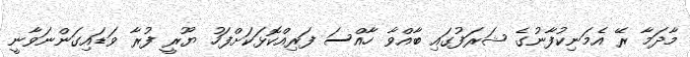
މާދަމާ ރޭ އެމަނިކުފާނުގެ ޝަރަފުގައި ބާއްވާ ހާއްސަ ފަރިއްކޮޅަކަށްފަހު ޔޫރީ ފުރާ ވަޑައިގަންނަވާނީ